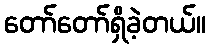
တော်တော်ရှိခဲ့တယ်။